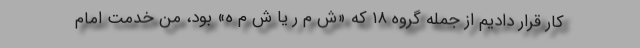
کار قرار دادیم از جمله گروه ۱۸ که «ش م ر یا ش م ه» بود، من خدمت امام